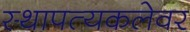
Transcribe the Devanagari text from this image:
स्थापत्यकलेवर